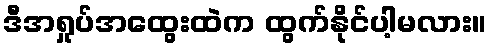
ဒီအရှုပ်အထွေးထဲက ထွက်နိုင်ပါ့မလား။